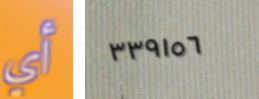
أي ٣٣٩١٥٦